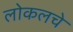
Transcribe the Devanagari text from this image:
लोकलचे